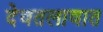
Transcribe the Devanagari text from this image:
देवतलावात